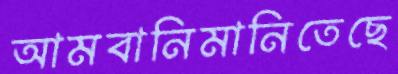
আমবানিমানিতেছে